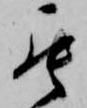
罷